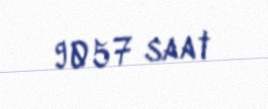
9057 saat